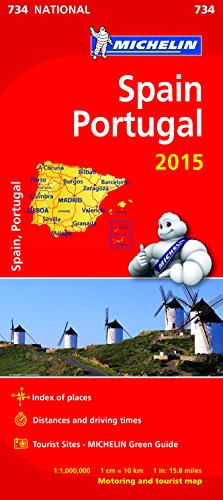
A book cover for Spain and Portugal 2015 National Map 734 (Michelin National Maps); Travel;